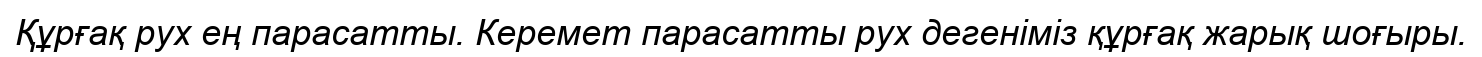
Құрғақ рух ең парасатты. Керемет парасатты рух дегеніміз құрғақ жарық шоғыры.